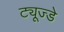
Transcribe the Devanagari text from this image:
ट्यूज्डे